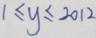
1 \leq y \leq 2 0 1 2